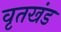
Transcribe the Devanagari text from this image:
वृतखंड